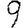
Digit: 9